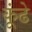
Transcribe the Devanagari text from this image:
कूंढे